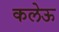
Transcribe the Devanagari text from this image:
कलेऊ